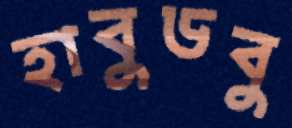
হাবুডবু